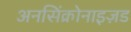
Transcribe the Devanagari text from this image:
अनसिंक्रोनाइज़ड